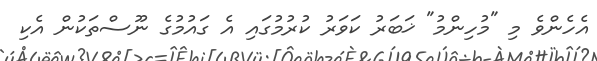
އެހެންވެ މި "މުހިންމު" ޚަބަރު ކަވަރު ކުރުމުގައި އެ ގައުމުގެ ނޫސްތަކުން އެކި